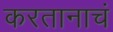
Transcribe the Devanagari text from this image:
करतानाचं